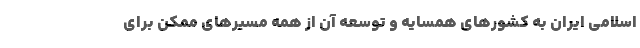
اسلامی ایران به کشورهای همسایه و توسعه آن از همه مسیرهای ممکن برای